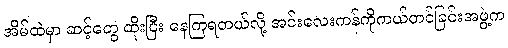
အိမ်ထဲမှာ ဆင့်တွေ ထိုးပြီး နေကြရတယ်လို့ အင်းလေးကန်ကိုကယ်တင်ခြင်းအဖွဲ့က